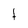
Character: t